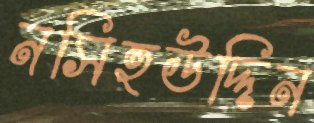
নসিহউদ্দিন